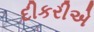
દીકરીએ